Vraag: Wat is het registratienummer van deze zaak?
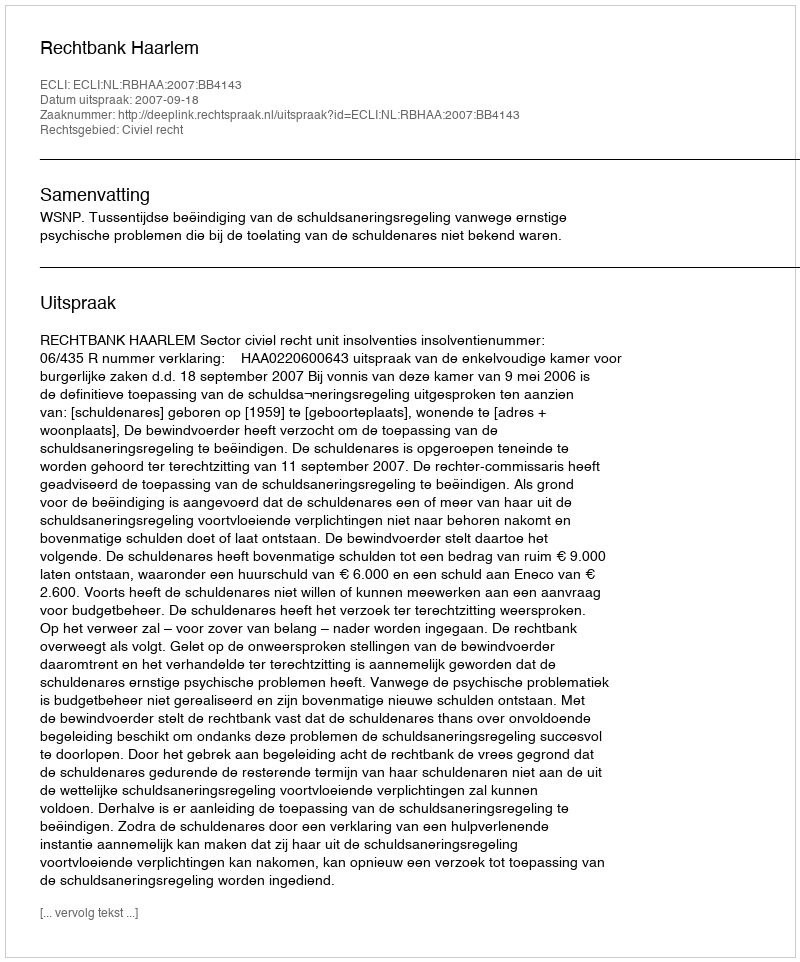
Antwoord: http://deeplink.rechtspraak.nl/uitspraak?id=ECLI:NL:RBHAA:2007:BB4143